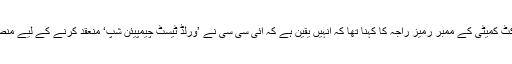
ایم سی سی ورلڈ کرکٹ کمیٹی کے ممبر رمیز راجہ کا کہنا تھا کہ انہیں یقین ہے کہ آئی سی سی نے ’ورلڈ ٹیسٹ چیمپیئن شپ‘ منعقد کرنے کے لیے منصوبہ بندی کرلی ہے۔